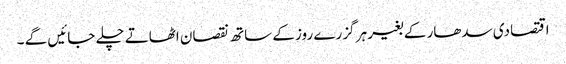
اقتصادی سدھار کے بغیر ہر گزرے روز کے ساتھ نقصان اٹھاتے چلے جائیں گے ۔